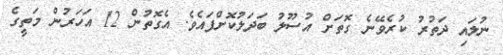
ނުލައި ދަތުރު ކުރެވޭނެ ގޮތަށް އުސޫލު ބަދަލުކޮށްފައެވެ. އެގޮތުން 12 އަހަރުން މަތީގެ